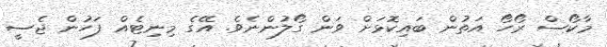
މާކޯސް ރޯހޯ އަތުން ބައިކޮޅަށް ވަން ގޯލުންނެވެ. އޭގެ މިނިޓެއް ފަހުން ޖެސީ